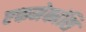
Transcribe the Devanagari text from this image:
एकमेकांशि